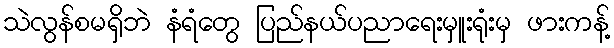
သဲလွန်စမရှိဘဲ နံရံတွေ ပြည်နယ်ပညာရေးမှူးရုံးမှ ဖားကန့်